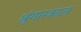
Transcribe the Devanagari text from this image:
श्रृंगारकाल